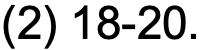
(2) 18-20.